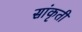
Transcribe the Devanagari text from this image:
सांकृती